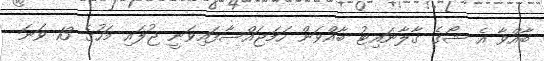
ބާއްވާ އެ ޝޯގެ ގާލާނައިޓު ބާއްވަން ހަމަޖައްސާފައިވަނީ ޖުލައި މަހުގެ 13 ވަނަ